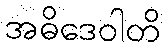
အဓိဒေဝါတိ